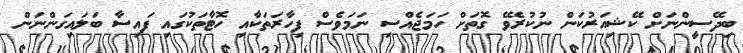
ބިދޭސީންނަށް ކޭޝިއަރުކަން ނުކުރެވޭ ގޮތަށް ހަމަޖެއްސި ނަމަވެސް ފިހާރަތަކާއި ހޮޓާތަކުގައި ފައިސާ ބަލައިގަންނަން